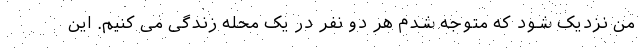
من نزدیک شود که متوجه شدم هر دو نفر در یک محله زندگی می کنیم. این